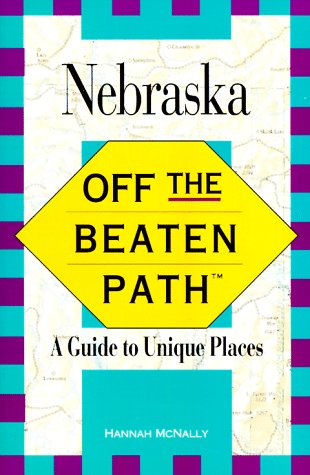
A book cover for Nebraska: Off the Beaten Path (Serial); Hannah McNally; Travel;